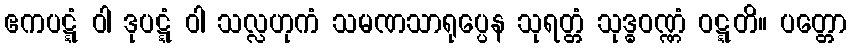
ဧကပဋ္ဋံ ဝါ ဒုပဋ္ဋံ ဝါ သလ္လဟုကံ သမဏသာရုပ္ပေန သုရတ္တံ သုဒ္ဓဝဏ္ဏံ ဝဋ္ဋတိ။ ပတ္တော